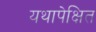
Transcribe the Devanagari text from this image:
यथापेक्षित